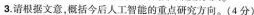
3.请根据文意，概括今后人工智能的重点研究方向。(4分)